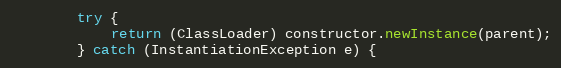
Language: Java
        try {
            return (ClassLoader) constructor.newInstance(parent);
        } catch (InstantiationException e) {